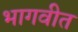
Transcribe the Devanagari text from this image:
भागवीत